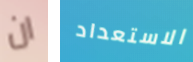
ان الاستعداد